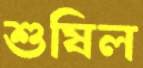
শুষিল